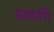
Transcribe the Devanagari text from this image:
इत्यागि